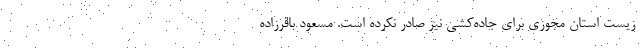
زیست استان مجوزی برای جاده‌کشی نیز صادر نکرده است. مسعود باقرزاده